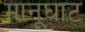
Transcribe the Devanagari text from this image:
मानूघाट